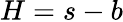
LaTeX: H=s-b